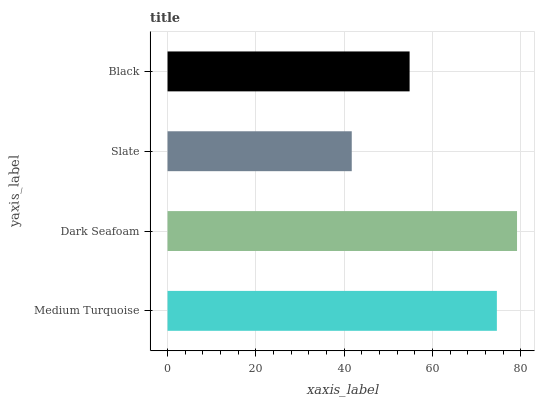
| yaxis_label | bars |
 | --- | --- |
 | Medium Turquoise | 74.6 |
 | Dark Seafoam | 79.1 |
 | Slate | 41.7 |
 | Black | 54.8 |